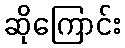
ဆိုကြောင်း